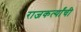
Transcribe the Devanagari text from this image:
राजकर्त्यांची